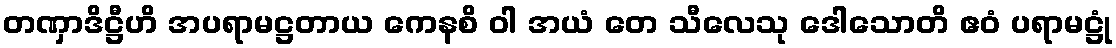
တဏှာဒိဋ္ဌီဟိ အပရာမဋ္ဌတာယ ကေနစိ ဝါ အယံ တေ သီလေသု ဒေါသောတိ ဧဝံ ပရာမဋ္ဌုံ